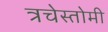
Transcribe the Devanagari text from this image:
त्रचेस्तोमी